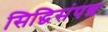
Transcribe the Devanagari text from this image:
सिद्धिसंपन्न